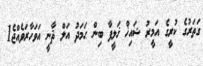
ގަތަރުގެ ކުރީގެ އަމީރު ޝައިޚް ޚަލީފާ ބިން ޙަމަދު އަލް ޘާނީ އަވަހާރަވެއްޖެ1